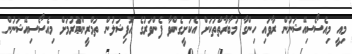
މިއީ މިއެސޯސިއޭޝަނުން ރާވައި ހިންގާ މުބާރާތްތަކަށް އެކަށީގެންވާ ފެންވަރުގެ އޮފިޝަލުން ތަމްރީންކުރުމަށް މިއެސޯސިއޭޝަނުން